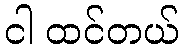
ငါ ထင်တယ်